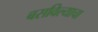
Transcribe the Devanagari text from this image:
बसविल्याचा